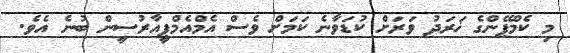
މި ކެމްޕޭންގެ ޚަރަދު ވަރަށް ކުޑަވާނެ ކަމަށް ވެސް އެމްއެމްޕީއާރުސީން ބުނެ އެވެ.